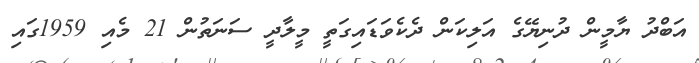
އަބްދު ޔާމީން ދުނިޔޭގެ އަލިކަން ދެކެވަޑައިގަތީ މީލާދީ ސަނަތުން 21 މެއި 1959ގައި